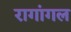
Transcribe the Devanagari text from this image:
रागांगल